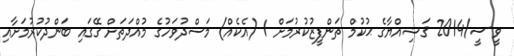
ވީ-ސީ/2014 ޤަޟިއްޔާގެ ޙުކުމް ތަންފީޒުކުރުމަށް 1 (އެކެއް) މަސްދުވަހުގެ މުއްދަތަށް ގޭގައި ބަންދުކުރުމަށާއި